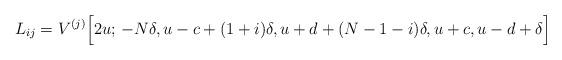
LaTeX: \begin{align*}L_{ij}=V^{(j)}\Big[2u;\, -N\delta, u-c+(1+i)\delta, u+d+(N-1-i)\delta, u+c, u-d+\delta\Big]\end{align*}